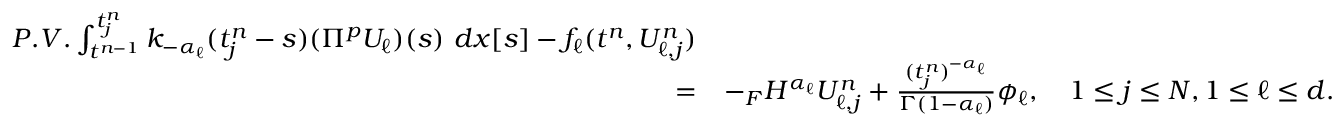
\begin{array} { r l } { P . V . \int _ { t ^ { n - 1 } } ^ { t _ { j } ^ { n } } k _ { - \alpha _ { \ell } } ( t _ { j } ^ { n } - s ) ( \Pi ^ { p } U _ { \ell } ) ( s ) \ d x [ s ] - f _ { \ell } ( t ^ { n } , U _ { \ell , j } ^ { n } ) } \\ { = } & { - _ { F } H ^ { \alpha _ { \ell } } U _ { \ell , j } ^ { n } + \frac { ( t _ { j } ^ { n } ) ^ { - \alpha _ { \ell } } } { \Gamma ( 1 - \alpha _ { \ell } ) } \phi _ { \ell } , \quad 1 \le j \le N , 1 \le \ell \le d . } \end{array}